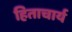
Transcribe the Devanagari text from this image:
हिताचार्य